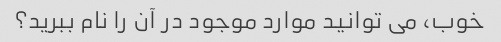
خوب، می توانید موارد موجود در آن را نام ببرید؟